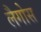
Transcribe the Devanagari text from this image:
लैगोस